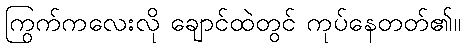
ကြွက်ကလေးလို ချောင်ထဲတွင် ကုပ်နေတတ်၏။